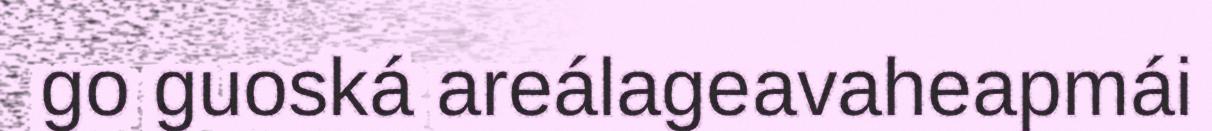
go guoská areálageavaheapmái